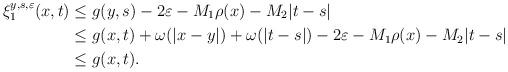
LaTeX: \begin{align*}\xi_1^{y,s,\varepsilon}(x,t)&\le g(y,s)-2\varepsilon-M_1\rho(x)-M_2|t-s|\\&\le g(x,t)+\omega(|x-y|)+\omega(|t-s|)-2\varepsilon-M_1\rho(x)-M_2|t-s|\\&\le g(x,t).\end{align*}